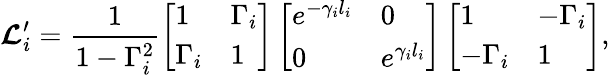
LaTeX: \boldsymbol{\mathcal{L}}_{i}^{\prime}=\frac{{1}}{{1-\Gamma_{i}^{2}}}\left[\begin{array}{ll}{1}&{\Gamma_{i}}\\ {\Gamma_{i}}&{1}\end{array}\right]\left[\begin{array}{ll}{e^{-\gamma_{i}l_{i}}}&{0}\\ {0}&{e^{\gamma_{i}l_{i}}}\end{array}\right]\left[\begin{array}{ll}{1}&{-\Gamma_{i}}\\ {-\Gamma_{i}}&{1}\end{array}\right],